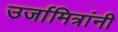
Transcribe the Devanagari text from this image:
उर्जामित्रांनी